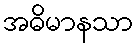
အဓိမာနသာ